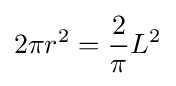
2\pi r^{2}={\frac {2}{\pi }}L^{2}